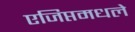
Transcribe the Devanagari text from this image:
एजिप्तमधले